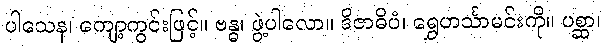
ပါသေန၊ ကျော့ကွင်းဖြင့်။ ဗန္ဓ၊ ဖွဲ့ပါလော။ ဒိဇာဓိပံ၊ ရွှေဟင်္သာမင်းကို။ ပစ္ဆာ၊